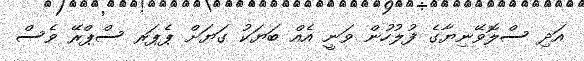
އަދި ސްލޮވޭނިޔާގެ ފުލުހުން ވަނީ އެއް ބަޔަކު ގަޔަށް ޕެޕަރ ސްޕްރޭ ވެސް